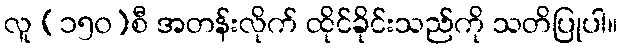
လူ (၁၅၀)စီ အတန်းလိုက် ထိုင်ခိုင်းသည်ကို သတိပြုပါ။